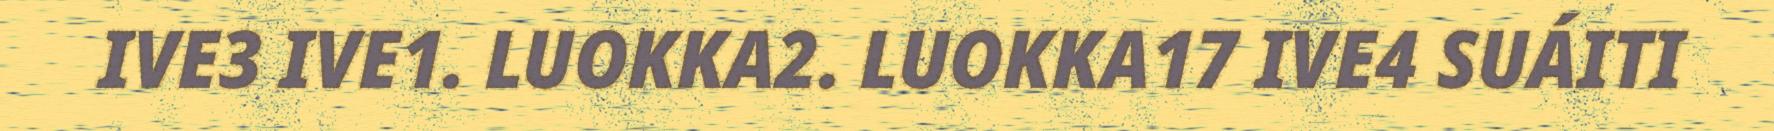
IVE3 IVE1. LUOKKA2. LUOKKA17 IVE4 SUÁITI